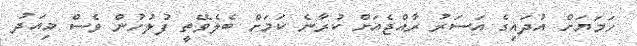
ހަމަޔަށް އުދައިގެ އަސަރު ރާއްޖެއަށް ކުރާނެ ކަމަށް ބެލެވޭތީ ފުލުހުން ވެސް މިއަދު